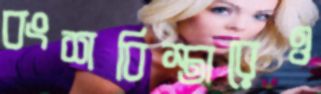
বংশবিস্তারেও